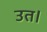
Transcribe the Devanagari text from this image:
उत।